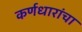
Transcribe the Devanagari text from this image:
कर्णधारांचा